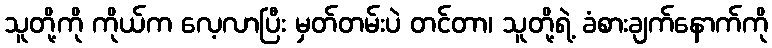
သူတို့ကို ကိုယ်က လေ့လာပြီး မှတ်တမ်းပဲ တင်တာ၊ သူတို့ရဲ့ ခံစားချက်နောက်ကို